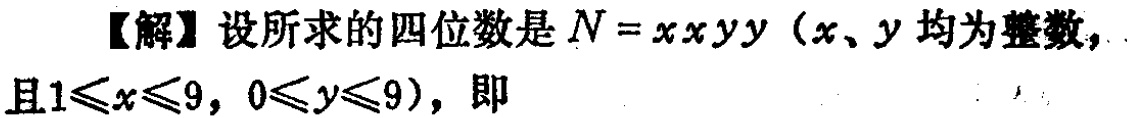
【解】设所求的四位数是\(N = xxyy\)（\(x、y\)均为整数，且\(1\leqslant x\leqslant9\)，\(0\leqslant y\leqslant9\)），即